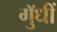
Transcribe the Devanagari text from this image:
गुॅधीं